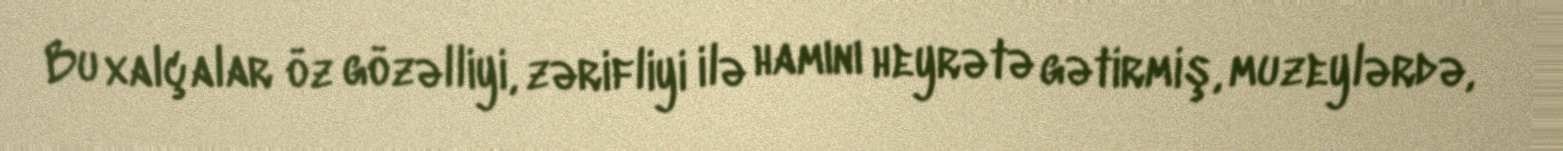
Bu xalçalar öz gözəlliyi, zərifliyi ilə hamını heyrətə gətirmiş, muzeylərdə,